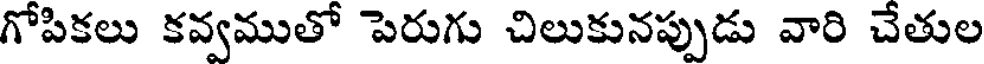
గోపికలు కవ్వముతో పెరుగు చిలుకునప్పుడు వారి చేతుల